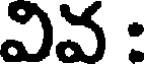
వివ :